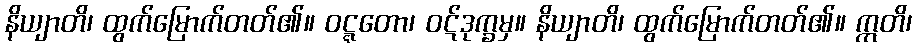
နိယျာတိ၊ ထွက်မြောက်တတ်၏။ ဝဋ္ဋတော၊ ဝဋ်ဒုက္ခမှ။ နိယျာတိ၊ ထွက်မြောက်တတ်၏။ ဣတိ၊